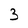
Character: 3